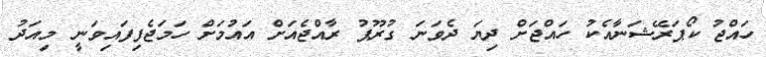
ހައްޖު ކޯޕަރޭޝަނާއެކު ހައްޖަށް ދިޔަ ދެވަނަ ގުރޫޕު ރާއްޖެއަށް އައުމަށް ހަމަޖެފިފައިވަނީ މިއަދު